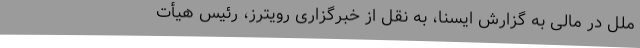
ملل در مالی به گزارش ایسنا، به نقل از خبرگزاری رویترز، رئیس هیأت